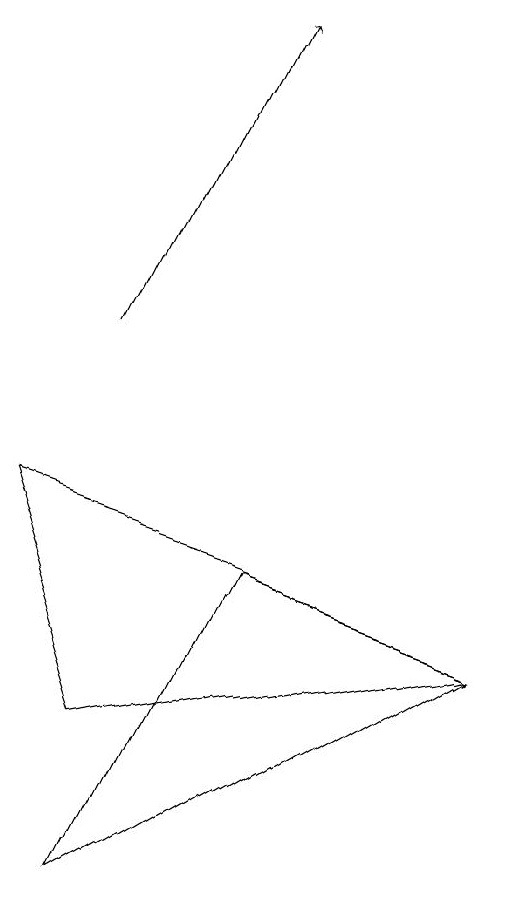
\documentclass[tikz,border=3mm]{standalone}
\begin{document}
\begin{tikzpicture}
\draw (6,6) -- (3,7) -- (1,3) -- cycle;
\draw (6,6) -- (0,8) -- (1,5) -- cycle;
\draw[->] (1,10) -- (3,14);
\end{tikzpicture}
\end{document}